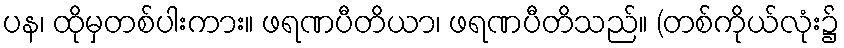
ပန၊ ထိုမှတစ်ပါးကား။ ဖရဏပီတိယာ၊ ဖရဏပီတိသည်။ (တစ်ကိုယ်လုံး၌